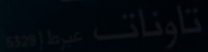
تاونات عيطر وحدي